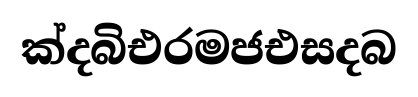
ක්දබිඑරමජඑසදබ